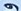
و